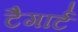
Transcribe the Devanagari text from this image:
टैगार्ट